Indian Medical Review
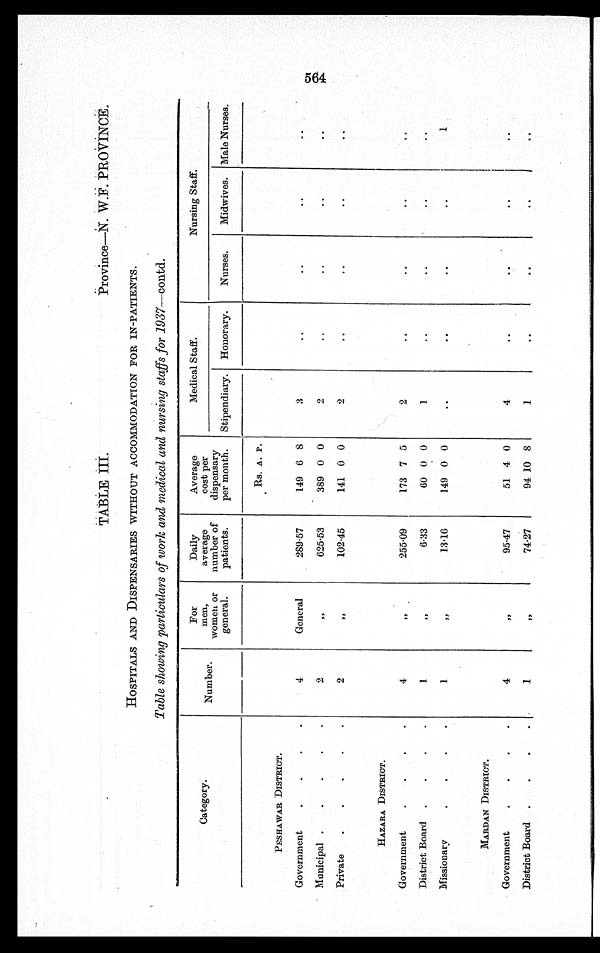
TABLE III.
Province—N. W.F.PROVINCE.
HOSPITALS AND DISPENSARIES WITHOUT ACCOMMODATION FOR IN-PATIENTS.
Table showing particulars of work and medical and nursing staffs for 1937—contd.
Category.
Number.
For
men,
women or
general.
Daily
average
number of
patients.
Average
cost per
dispensary
per month.
Medical Staff.
Nursing Staff.
Stipendiary. Honorary.
Nurses.
Midwives. Male Nurses.
Rs. A. P.
PESHAWAR DISTRICT.
Government
4
General
289.57
149 6 8
3
Municipal
2
„
625.53
389 0 0
2
Private
2
„
102.45
141 0 0
2
HAZARA DISTRICT.
Government
4
„
255.09
173 7 5
2
District Board
1
„
6.33
60 0 0
1
Missionary
1
„
13.16
149 0 0
1
MARDAN DISTRICT.
Government
4
„
95.47
51 4 0
4
District Board
1
„
74.27
94 10 8
1
564